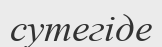
сутегіде